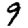
Digit: 9